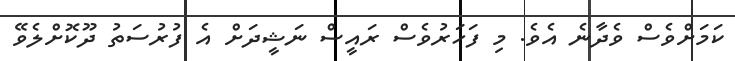
ކަމަށްވެސް ވެދާނެ އެވެ. މި ފަހަރުވެސް ރައީސް ނަޝީދަށް އެ ފުރުސަތު ދޫކޮށްލެވޭ